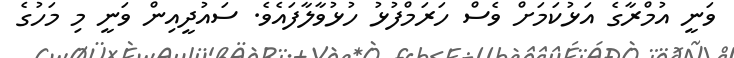
ވަނީ އުމްރާގެ އަޅުކަމަށް ވެސް ހަރަމްފުޅު ހުޅުވާލާފައެވެ. ސައުދީއިން ވަނީ މި މަހުގެ